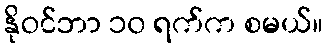
နိုဝင်ဘာ ၁၀ ရက်က စမယ်။